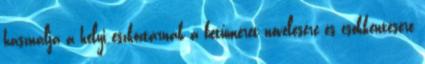
használja a helyi eszköztárnak a betűméret növelésére és csökkentésére